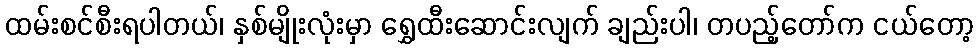
ထမ်းစင်စီးရပါတယ်၊ နှစ်မျိုးလုံးမှာ ရွှေထီးဆောင်းလျက် ချည်းပါ၊ တပည့်တော်က ငယ်တော့